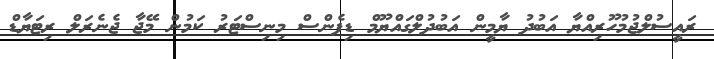
ރައީސުލްޖުމުހޫރިއްޔާ އަބުދު ޔާމީން އަބުދުލްގައްޔޫމް ޑިފެންސް މިނިސްޓަރު ކަމުން މޭޖާ ޖެނެރަލް ރިޓަޔާޑް